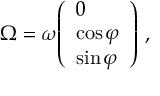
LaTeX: { \boldsymbol { \Omega } } = \omega { \left( \begin{array} { l } { 0 } \\ { \cos \varphi } \\ { \sin \varphi } \end{array} \right) } \ ,